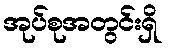
အုပ်စုအတွင်းရှိ